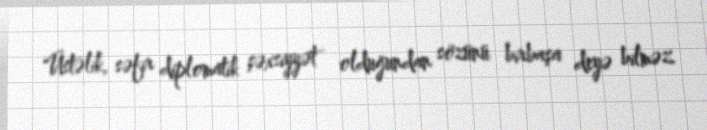
Üstəlik, səfir diplomatik şəxsiyyət olduğundan sözünü birbaşa deyə bilməz.